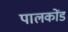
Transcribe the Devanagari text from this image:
पालकोंड